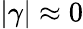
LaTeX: |\gamma|\approx 0